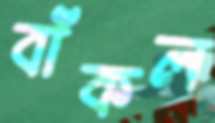
বাঁকল